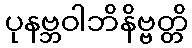
ပုနဗ္ဘဝါဘိနိဗ္ဗတ္တိ